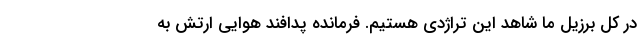
در کل برزیل ما شاهد این تراژدی هستیم. فرمانده پدافند هوایی ارتش به